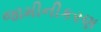
જામીનીકરણ